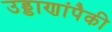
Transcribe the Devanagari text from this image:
उड्डाणांपैकी